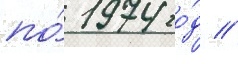
по́ 1974 го́д //